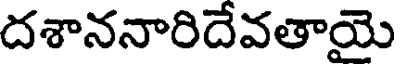
దశాననారిదేవతాయె